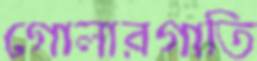
গোলারগাতি